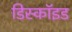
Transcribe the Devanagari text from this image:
डिस्कॉइड